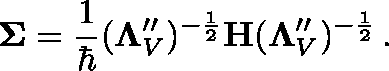
\mathbf { \Sigma } = \frac { 1 } { \hbar } ( \mathbf \Lambda _ { V } ^ { \prime \prime } ) ^ { - \frac 1 2 } \mathbf H ( \mathbf \Lambda _ { V } ^ { \prime \prime } ) ^ { - \frac 1 2 } \, .